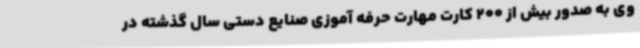
وی به صدور بیش از 200 کارت مهارت حرفه آموزی صنایع دستی سال گذشته در